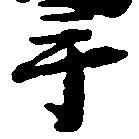
手